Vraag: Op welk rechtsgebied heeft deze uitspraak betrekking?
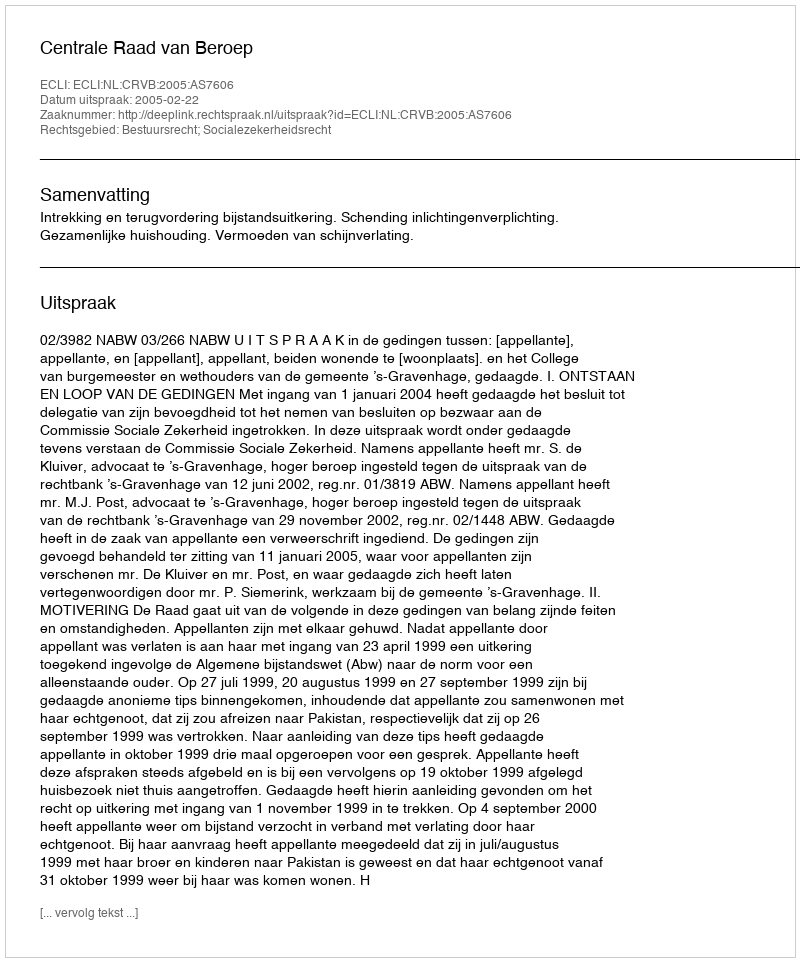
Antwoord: Bestuursrecht; Socialezekerheidsrecht